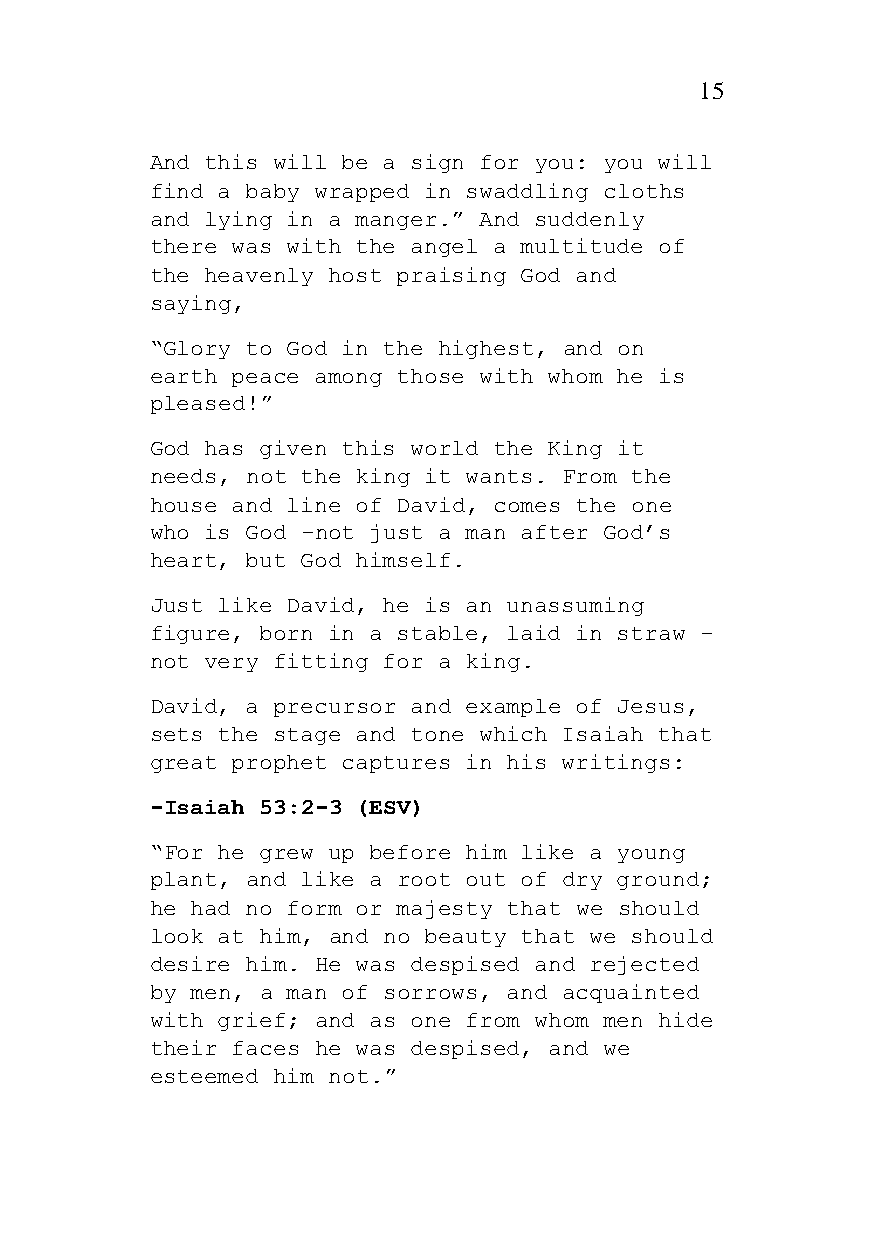
15
 And this will be a sign for you: you will
 find a baby wrapped in swaddling cloths
 and lying in a manger.” And suddenly
 there was with the angel a multitude of
 the heavenly host praising God and
 saying,
 “Glory to God in the highest, and on
 earth peace among those with whom he is
 pleased!”
 God has given this world the King it
 needs, not the king it wants. From the
 house and line of David, comes the one
 who is God -not just a man after God’s
 heart, but God himself.
 Just like David, he is an unassuming
 figure, born in a stable, laid in straw -
 not very fitting for a king.
 David, a precursor and example of Jesus,
 sets the stage and tone which Isaiah that
 great prophet captures in his writings:
 -Isaiah 53:2-3 (ESV)
 “For he grew up before him like a young
 plant, and like a root out of dry ground;
 he had no form or majesty that we should
 look at him, and no beauty that we should
 desire him. He was despised and rejected
 by men, a man of sorrows, and acquainted
 with grief; and as one from whom men hide
 their faces he was despised, and we
 esteemed him not.”